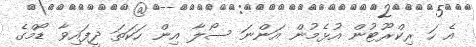
އެ ހަ ރިކްރޫޓުން އުޅެމުން އަންނަ ސޯލާ އިން ހަކަތަ ދީފައިވާ ޑޯމްގެ